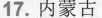
17内蒙古